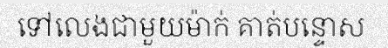
ទៅលេងជាមួយម៉ាក់ គាត់បន្ទោស